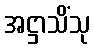
အဋ္ဌာသိံသု